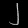
Digit: ၂